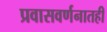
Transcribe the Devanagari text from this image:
प्रवासवर्णनातही